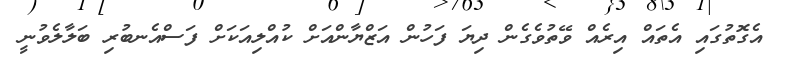
އެގޮތުގައި އެތައް އިރެއް ވޭތުވެގެން ދިޔަ ފަހުން އަޒްޔާންއަށް ކުއްލިއަކަށް ފަސްއެނބުރި ބަލާލެވުނީ